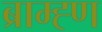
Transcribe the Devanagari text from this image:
ब्राम्ह्ण